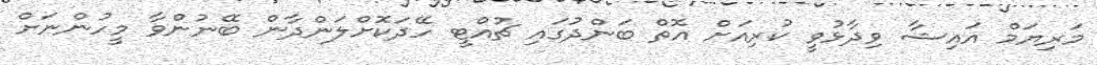
މަރިޔަމް އައިޝާ ވިދާޅުވީ ކުރިއަށް އޮތް ބަންދުގައި ޗުއްޓީ ހޭދަކޮށްލަންދާން ބޭނުންވާ މީހުންނަށް